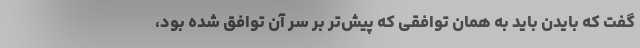
گفت که بایدن باید به همان توافقی که پیش‌تر بر سر آن توافق شده بود،